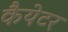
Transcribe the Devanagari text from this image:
कैयेटर